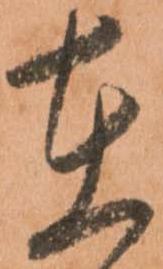
在